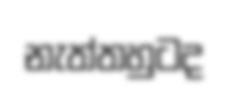
නැත්තහුටද